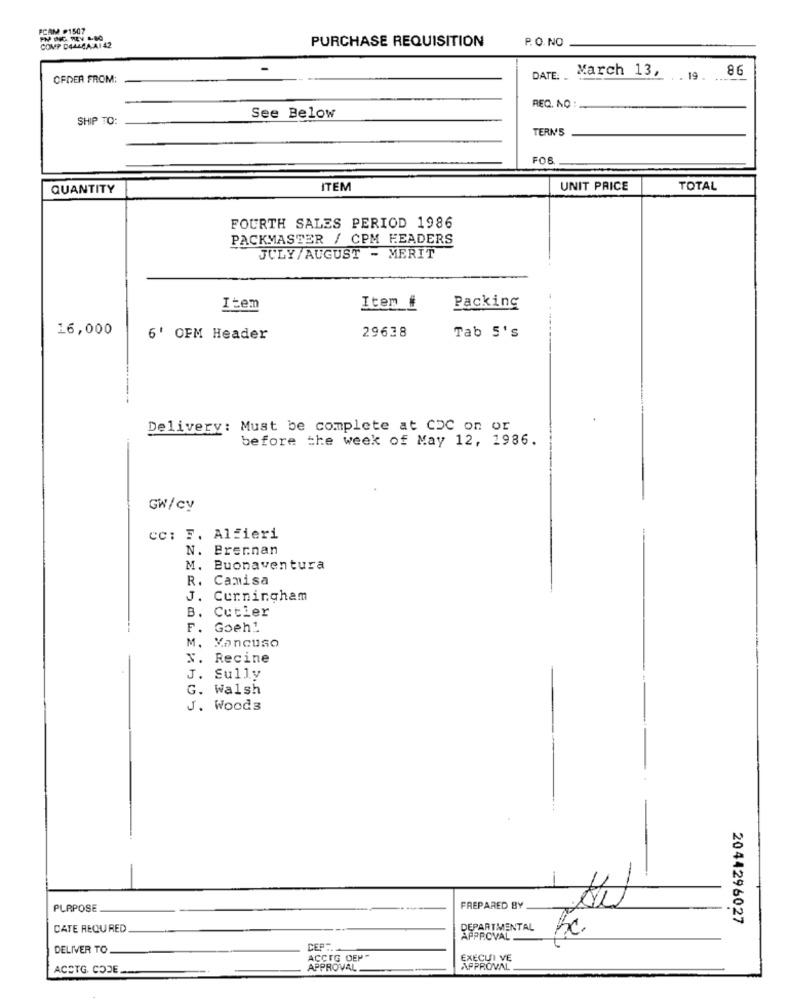
PCAM .1507
PURCHASE REQUISITION
P. O. NO
COMP DALLEA:A1 42
March 13,
86
CFDER FROM:
DATE: .
. 19
REQ. NO
SHIP TO:
See Below
TERMS
QUANTITY
ITEM
UNIT PRICE
TOTAL
FOURTH SALES PERIOD 1986
PACKMASTER / CPM HEADERS
JULY/AUGUST - MERIT
Item
Item #
Packing
16,000
29638
6' OFM Header
Tab 5's
Delivery: Must be complete at CDC on or
before the week of May 12, 1986.
GW/cy
cc: F. Alfieri
N. Brernan
M. Buonaventura
R. Camisa
J. Curningham
B. Cutler
F. Goeh1.
M.
Mancuso
x.
Recine
J.
Sully
G.
Walsh
J. Woods
PURPOSE
FREPARED BY
2044296027
CATE REOURED
DEPARTMENTAL
APPROVAL
DELIVER TO
CEP -.
ACCIG DEP"
EXECUI VE
ACETG. CODE.
APPROVAL
APPROVAL